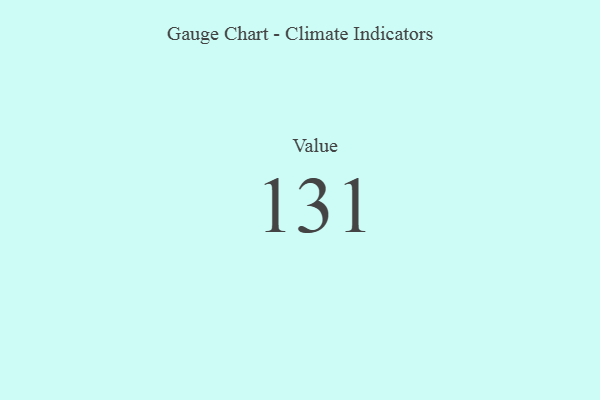
{"axis": {"x": "Metric", "y": "Value"}, "legend": [""], "data": [{"x": "Value", "y": 131, "type": ""}]}